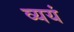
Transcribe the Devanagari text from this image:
व्ययं